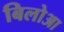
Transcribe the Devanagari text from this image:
बिलोआ